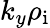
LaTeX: k_{y}\rho_{\mathrm{i}}